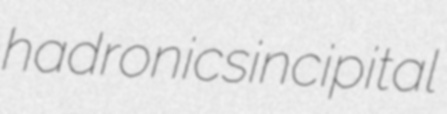
hadronic sincipital